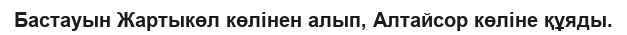
Бастауын Жартыкөл көлінен алып, Алтайсор көліне құяды.